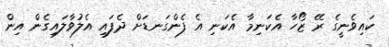
ކައިވެނީގެ ރޭ ޒޯހާ އެކަނިމާ އެކަނި އެ ފެންގަނޑަށް ދެފައި އެލުވާލައިގެން އިން